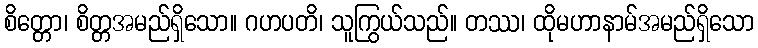
စိတ္တော၊ စိတ္တအမည်ရှိသော။ ဂဟပတိ၊ သူကြွယ်သည်။ တဿ၊ ထိုမဟာနာမ်အမည်ရှိသော